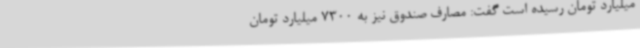
میلیارد تومان رسیده است گفت: مصارف صندوق نیز به 7300 میلیارد تومان